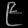
Digit: ၉